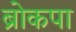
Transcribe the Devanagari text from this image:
ब्रोकपा